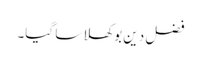
فضل دین بوکھلا سا گیا۔